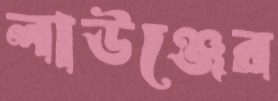
লাউঞ্জের